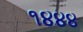
૧૪૪૪